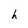
Character: h